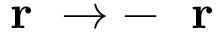
\mathrm { ~ \bf ~ r ~ } \to - \mathrm { ~ \bf ~ r ~ }